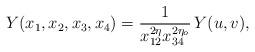
LaTeX: \begin{align*}Y(x_{1},x_{2},x_{3},x_{4})=\frac{1}{x_{12}^{2\eta}x_{34}^{2\eta_{o}}}\,Y(u,v),\end{align*}